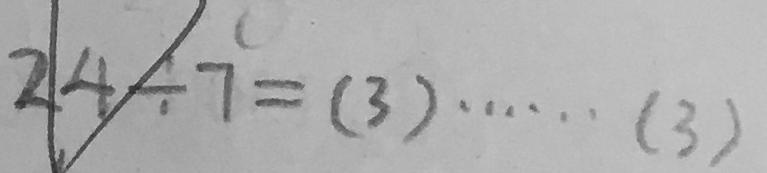
2 4 \div 7 = ( 3 ) \cdots ( 3 )